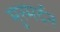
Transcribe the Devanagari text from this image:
मुरमर्दन